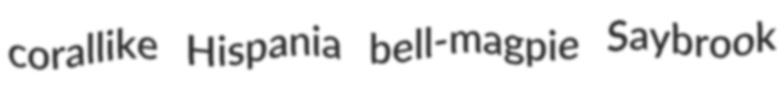
corallike Hispania bell-magpie Saybrook